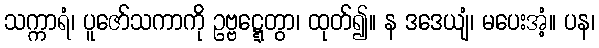
သက္ကာရံ၊ ပူဇော်သကာကို ဥဗ္ဗဋ္ဋေတွာ၊ ထုတ်၍။ န ဒဒေယျံ၊ မပေးအံ့။ ပန၊